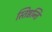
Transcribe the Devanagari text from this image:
स्तिष्ठन्ति